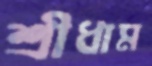
শ্রীধাম